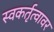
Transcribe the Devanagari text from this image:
स्वकर्तृत्वावर